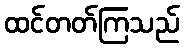
ထင်တတ်ကြသည်